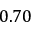
0 . 7 0